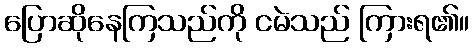
ပြောဆိုနေကြသည်ကို ငမဲသည် ကြားရ၏။